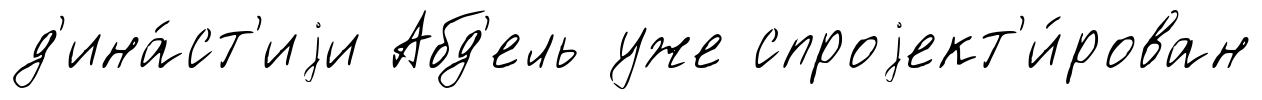
д'ина́ст'иjи Абд'ель уже спроjект'и́рован